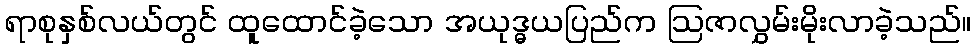
ရာစုနှစ်လယ်တွင် ထူထောင်ခဲ့သော အယုဒ္ဓယပြည်က ဩဇာလွှမ်းမိုးလာခဲ့သည်။